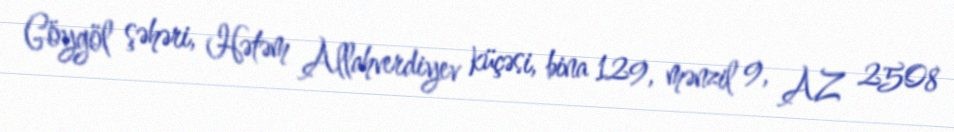
Göygöl şəhəri, Hətəm Allahverdiyev küçəsi, bina 129, mənzil 9, AZ 2508